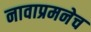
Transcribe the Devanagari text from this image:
नावाप्रमनेच